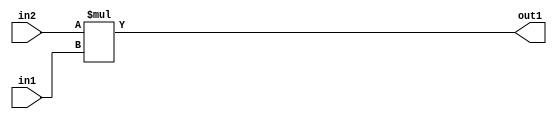
`timescale 1ps / 1ps
/*****************************************************************************
    Verilog RTL Description
    
    
    Created by: Stratus DpOpt 21.05.01 
*******************************************************************************/

module SobelFilter_Mul_32Ux24U_33U_1 (
	in2,
	in1,
	out1
	); /* architecture "behavioural" */ 
input [31:0] in2;
input [23:0] in1;
output [32:0] out1;
wire [32:0] asc001;

assign asc001 = 
	+(in2 * in1);

assign out1 = asc001;
endmodule

/* CADENCE  ubH4SAk= : u9/ySxbfrwZIxEzHVQQV8Q== ** DO NOT EDIT THIS LINE ******/